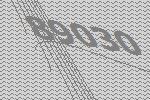
89030